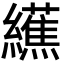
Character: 䌭